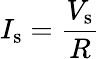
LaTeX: I_{\mathrm{s}}={\frac{V_{\mathrm{s}}}{R}}